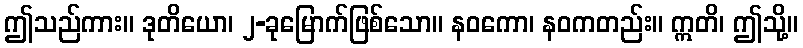
ဤသည်ကား။ ဒုတိယော၊ ၂-ခုမြောက်ဖြစ်သော။ နဝကော၊ နဝကတည်း။ ဣတိ၊ ဤသို့။